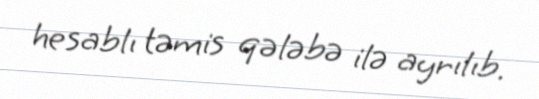
hesablı təmis qələbə ilə ayrılıb.